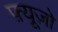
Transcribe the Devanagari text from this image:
फ़्यूज़ो